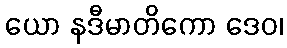
ယော နဒီမာတိကော ဒေဝ၊